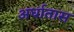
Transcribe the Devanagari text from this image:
अर्धातास